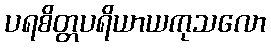
ပရစိတ္တပရိယာယကုသလော